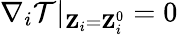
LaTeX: {\mathbf\nabla}_{i}\mathcal{T}|_{{\mathbf Z}_{i}={\mathbf Z}_{i}^{0}}=0